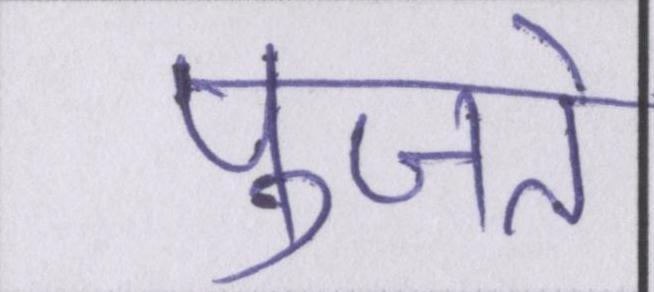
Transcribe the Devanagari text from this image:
पुजते